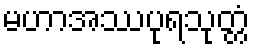
မဟာအဿပုရသုတ္တံ